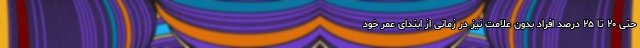
حتی ۲۰ تا ۲۵ درصد افراد بدون علامت نیز در زمانی از ابتدای عمر خود